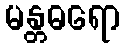
မန္တဓရော